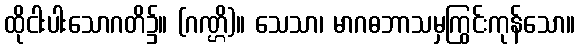
ထိုငါးပါးသောဂတိ၌။ (ဂဏ္ဌိ)။ သေသာ၊ မာဂဓဘာသမှကြွင်းကုန်သော။